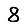
Digit: 8